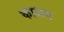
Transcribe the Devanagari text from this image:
काशग